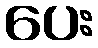
ပေး